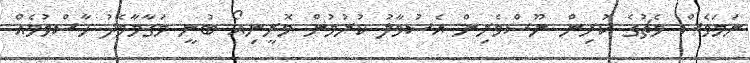
ނަމަވެސް މެޗުގެ ކުރިން ނޫސްވެރިން އެސުވާލު ކުރުމުން މޮރީނިއޯ ބުނީ މަގާމާމެދު ހާސްވުމެއް